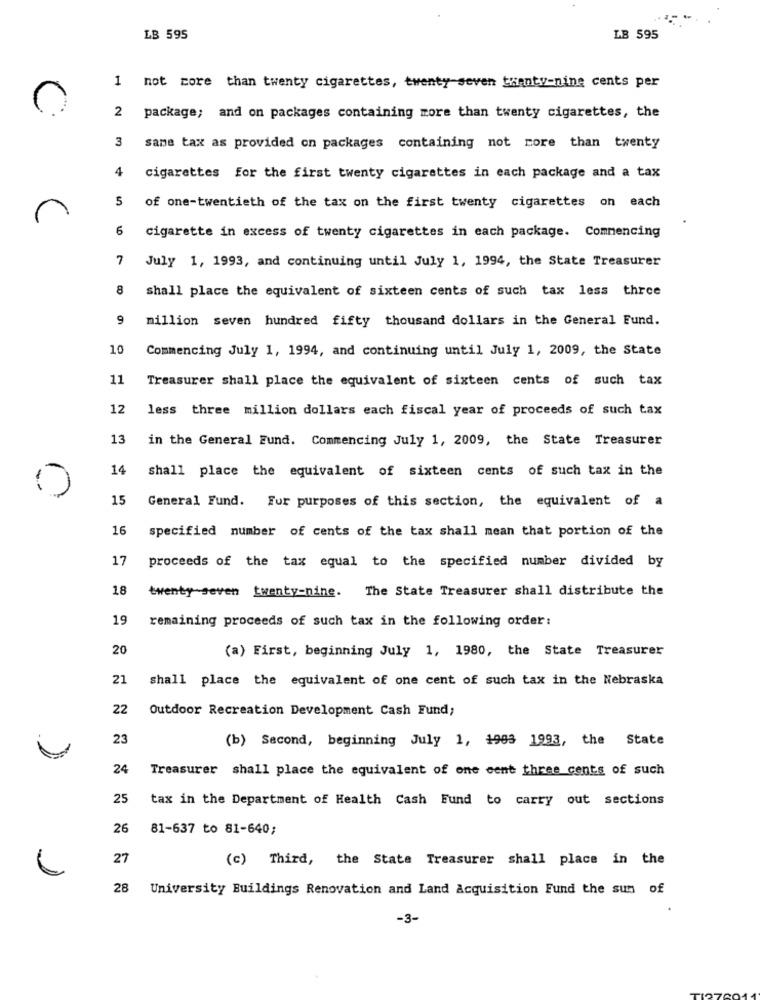
LB 595
LB 595
1 not more than twenty cigarettes, twenty seven thenty-nine cents per
package; and on packages containing more than twenty cigarettes, the
3
same tax as provided on packages containing not more than twenty
4
cigarettes for the first twenty cigarettes in each package and a tax
5
of one-twentieth of the tax on the first twenty cigarettes on each
6
cigarette in excess of twenty cigarettes in each package. Commencing
7 July 1, 1993, and continuing until July 1, 1994, the State Treasurer
8
shall place the equivalent of sixteen cents of such tax less thrce
9
million seven hundred fifty thousand dollars in the General Fund.
10
Commencing July 1, 1994, and continuing until July 1, 2009, the State
11
Treasurer shall place the equivalent of sixteen cents of such tax
12
less three million dollars each fiscal year of proceeds of such tax
13
in the General Fund. Commencing July 1, 2009, the State Treasurer
14
shall place the equivalent of sixteen cents of such tax in the
15
General Fund. Fur purposes of this section, the equivalent of a
16
specified number of cents of the tax shall mean that portion of the
17
proceeds of the tax equal to the specified number divided by
18
twenty seven twenty-nine. The State Treasurer shall distribute the
19
remaining proceeds of such tax in the following order:
20
(a) First, beginning July 1, 1980, the State Treasurer
21
shall place the equivalent of one cent of such tax in the Nebraska
22
Outdoor Recreation Development Cash Fund;
23
(b) Second, beginning July 1, 1903 1993, the State
24
Treasurer shall place the equivalent of one cent three cents of such
25
tax in the Department of Health Cash Fund to carry out sections
26
81-637 to 81-640;
27
(c) Third, the State Treasurer shall place in the
28 University Buildings Renovation and Land Acquisition Fund the sun of
-3-